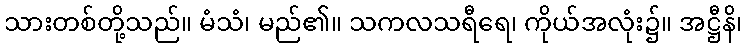
သားတစ်တို့သည်။ မံသံ၊ မည်၏။ သကလသရီရေ၊ ကိုယ်အလုံး၌။ အဋ္ဌီနိ၊